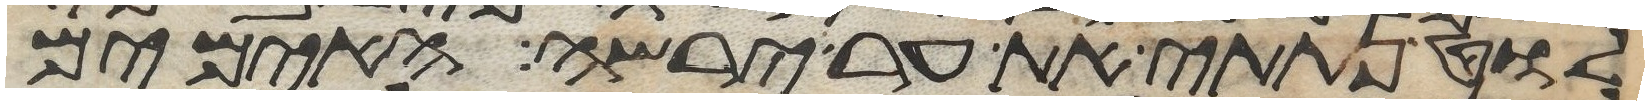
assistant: לוט נתתי את ער ירשה האימים